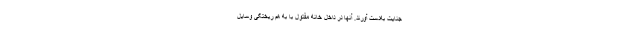
جنایت به‌دست آورند. آنها در داخل خانه مقتول با به هم ریختگی وسایل